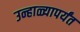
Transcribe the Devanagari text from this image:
उन्हाळ्यापर्यंत